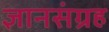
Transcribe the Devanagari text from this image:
ज्ञानसंग्रह